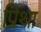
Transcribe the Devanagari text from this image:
प्रिथा